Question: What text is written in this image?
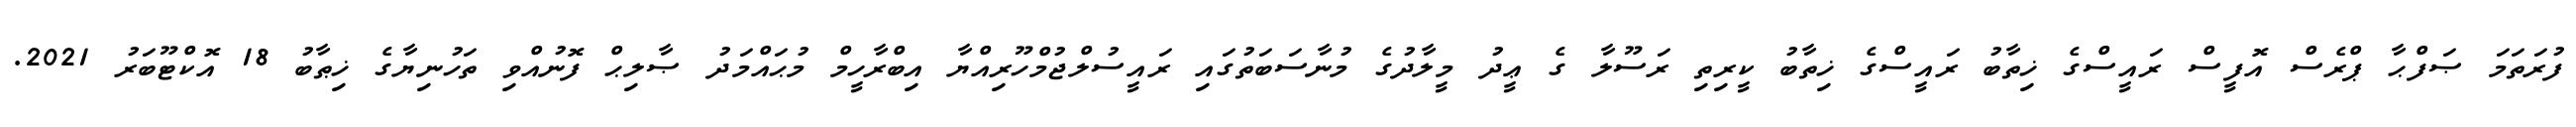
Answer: ފުރަތަމަ ޞަފްޙާ ޕްރެސް އޮފީސް ރައީސްގެ ޚިތާބު ރައީސްގެ ޚިތާބު ކީރިތި ރަސޫލާ ގެ ޢީދު މީލާދުގެ މުނާސަބަތުގައި ރައީސުލްޖުމްހޫރިއްޔާ އިބްރާހީމް މުޙައްމަދު ޞާލިޙް ފޮނުއްވި ތަހުނިޔާގެ ޚިޠާބު 18 އޮކްޓޫބަރު 2021.